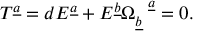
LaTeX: T ^ { \underline { { a } } } = d E ^ { \underline { { a } } } + E ^ { \underline { { b } } } \Omega _ { \underline { { b } } } ^ { ~ ~ \underline { { a } } } = 0 .